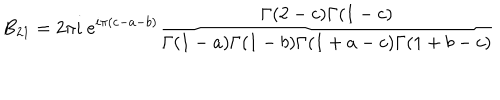
B _ { 2 1 } = 2 \pi i ~ e ^ { i \pi ( c - a - b ) } \frac { \Gamma ( 2 - c ) \Gamma ( 1 - c ) } { \Gamma ( 1 - a ) \Gamma ( 1 - b ) \Gamma ( 1 + a - c ) \Gamma ( 1 + b - c ) }